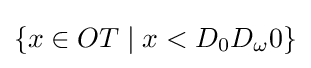
\{x\in OT\;|\;x<D_{0}D_{\omega }0\}